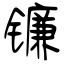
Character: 镰